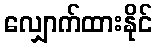
လျှောက်ထားနိုင်